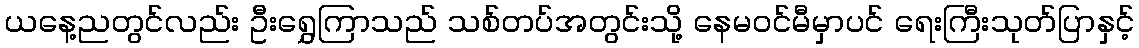
ယနေ့ညတွင်လည်း ဦးရွှေကြာသည် သစ်တပ်အတွင်းသို့ နေမဝင်မီမှာပင် ရေးကြီးသုတ်ပြာနှင့်